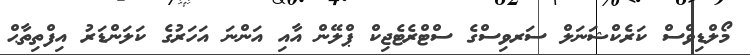
މޯލްޑިވްސް ކަރެކްޝަނަލް ސަރވިސްގެ ސްޓްރެޓެޖިކް ޕްލޭން އާއި އަންނަ އަހަރުގެ ކަލަންޑަރު އިފްތިތާޙް